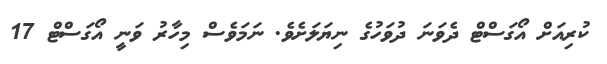
ކުރިއަށް އޯގަސްޓް ދެވަނަ ދުވަހުގެ ނިޔަލަށެވެ. ނަމަވެސް މިހާރު ވަނީ އޯގަސްޓް 17